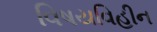
વિષયવિહીન